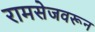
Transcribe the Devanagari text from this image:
रामसेजवरून